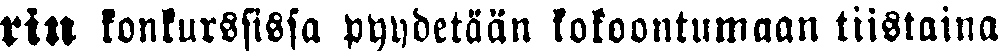
rin konkurssissa pyydetään kokoontumaan tiistaina